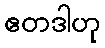
ဧတဒါဟု